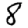
Digit: 8